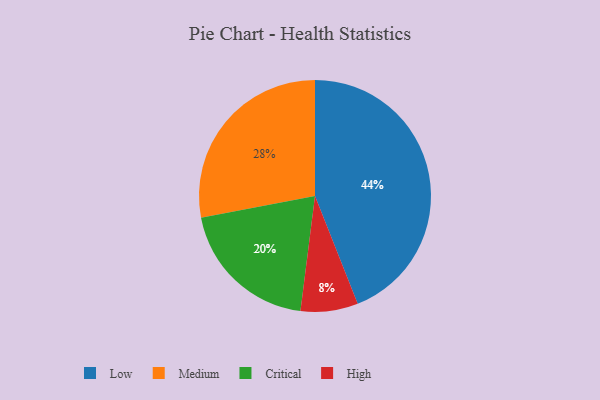
{"axis": {"x": "Category", "y": "Percentage"}, "legend": ["Critical", "High", "Low", "Medium"], "data": [{"x": "Medium", "y": 28, "type": "Medium"}, {"x": "Critical", "y": 20, "type": "Critical"}, {"x": "High", "y": 8, "type": "High"}, {"x": "Low", "y": 44, "type": "Low"}]}